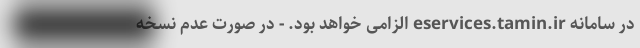
در سامانه eservices.tamin.ir الزامی خواهد بود. - در صورت عدم نسخه